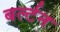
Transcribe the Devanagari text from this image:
बर्ल्टन